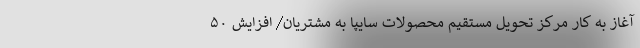
آغاز به کار مرکز تحویل مستقیم محصولات سایپا به مشتریان/ افزایش ۵۰